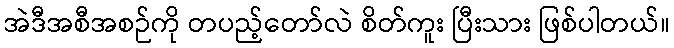
အဲဒီအစီအစဉ်ကို တပည့်တော်လဲ စိတ်ကူး ပြီးသား ဖြစ်ပါတယ်။